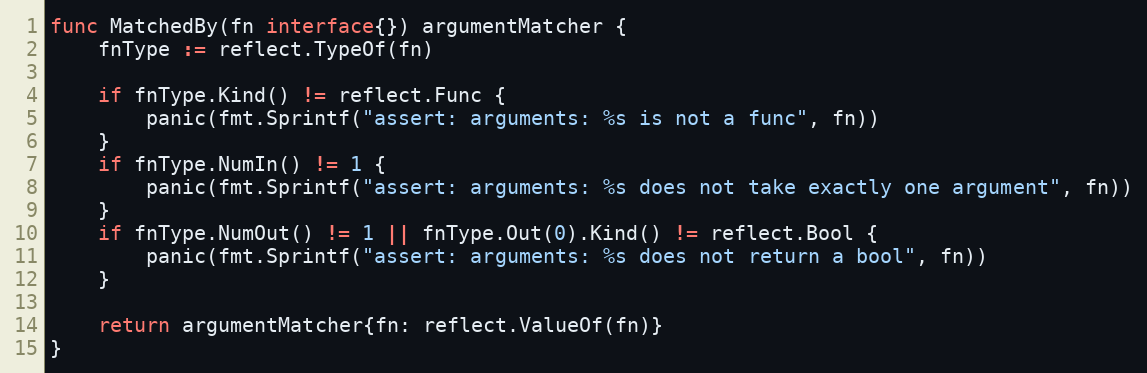
Language: Go
func MatchedBy(fn interface{}) argumentMatcher {
	fnType := reflect.TypeOf(fn)

	if fnType.Kind() != reflect.Func {
		panic(fmt.Sprintf("assert: arguments: %s is not a func", fn))
	}
	if fnType.NumIn() != 1 {
		panic(fmt.Sprintf("assert: arguments: %s does not take exactly one argument", fn))
	}
	if fnType.NumOut() != 1 || fnType.Out(0).Kind() != reflect.Bool {
		panic(fmt.Sprintf("assert: arguments: %s does not return a bool", fn))
	}

	return argumentMatcher{fn: reflect.ValueOf(fn)}
}